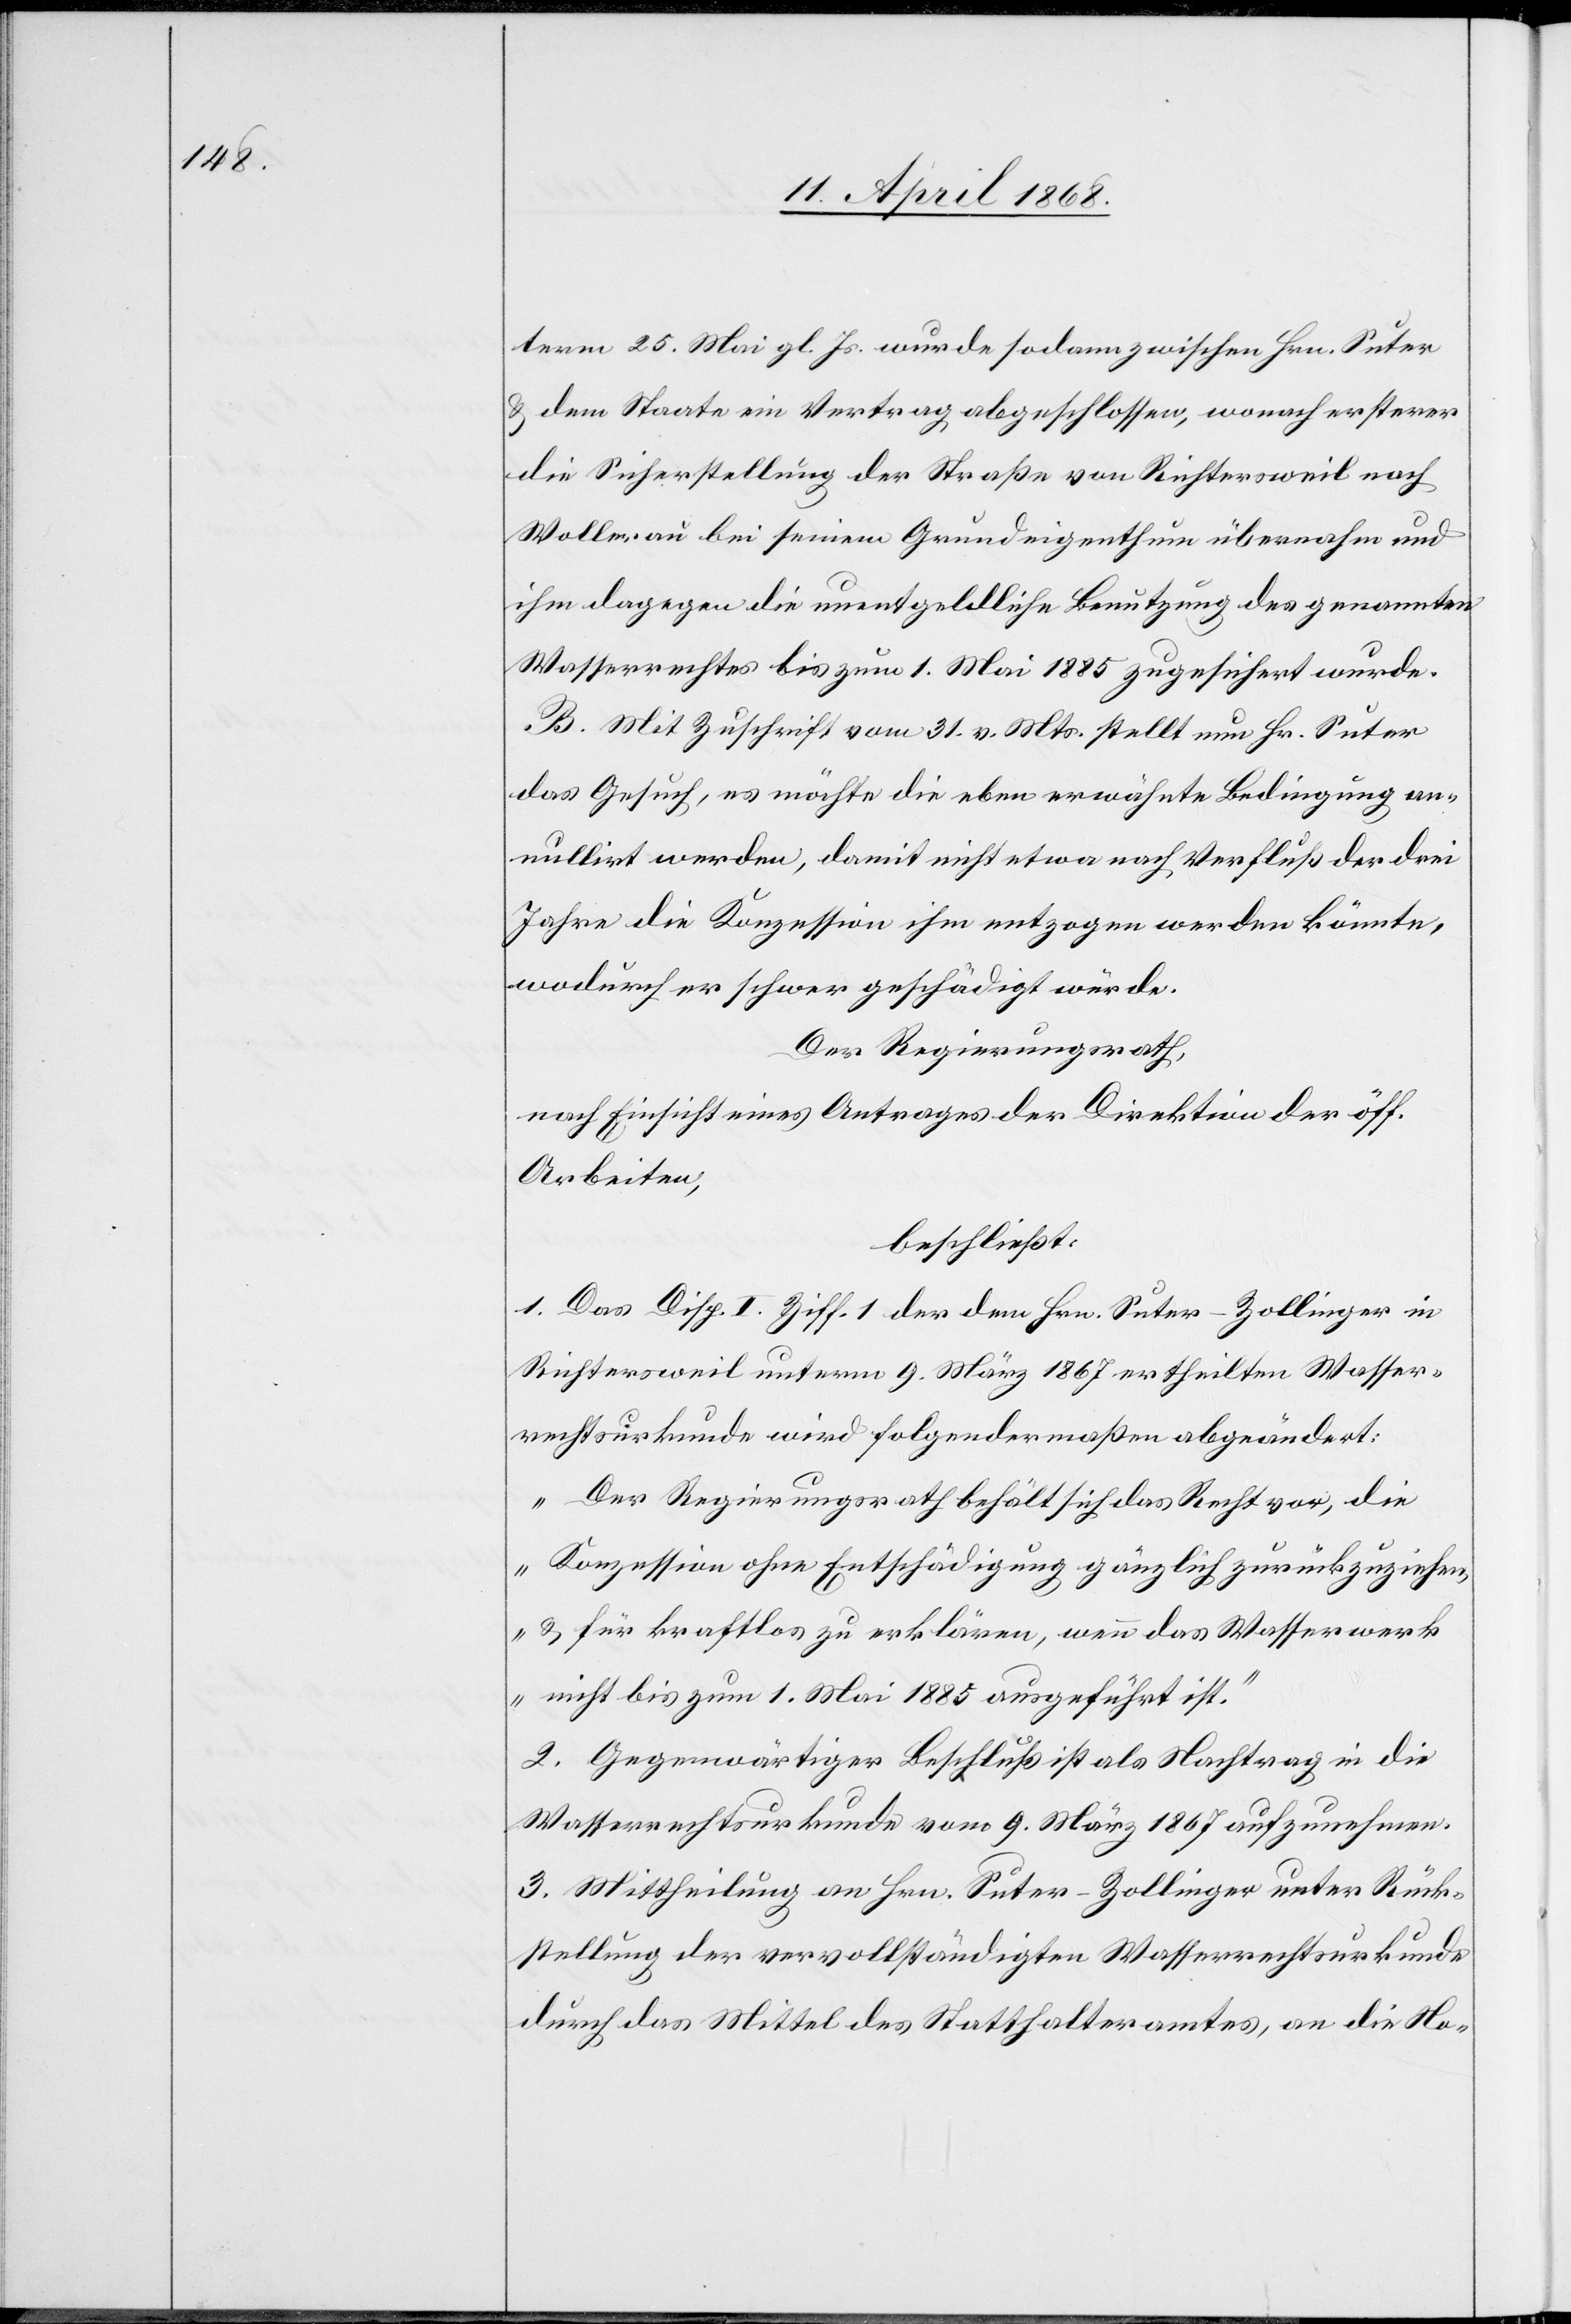
term 25. Mai gl. Js. wurde sodann zwischen Hrn. Suter
& dem Staate ein Vertrag abgeschlossen, wonach ersterer
die Sicherstellung der Straße von Richtersweil nach
Wollerau bei seinem Grundeigenthum übernahm und
ihm dagegen die unentgeldliche Benutzung des genannten
Wasserrechtes bis zum 1. Mai 1885 zugesichert wurde.
B. Mit Zuschrift vom 31. v. Mts. stellt nun Hr. Suter
das Gesuch, es möchte die eben erwähnte Bedingung an¬
nullirt werden, damit nicht etwa nach Verfluß der drei
Jahre die Konzession ihm entzogen werden könnte,
wodurch er schwer geschädigt würde.
Der Regierungsrath,
nach Einsicht eines Antrages der Direktion der öff.
Arbeiten,
beschließt:
1. Das Disp. I. Ziff. 1 [sic!] der dem Hrn. Suter-Zollinger in
Richtersweil unterm 9. März 1867 ertheilten Wasser¬
rechtsurkunde wird folgendermaßen abgeändert:
„Der Regierungsrath behält sich das Recht vor, die
Konzession ohne Entschädigung gänzlich zurückzuziehen,
& für kraftlos zu erklären, wenn das Wasserwerk
nicht bis zum 1. Mai 1885 ausgeführt ist.“
2. Gegenwärtiger Beschluß ist als Nachtrag in die
Wasserrechtsurkunde vom 9. März 1867 aufzunehmen.
3. Mittheilung an Hrn. Suter-Zollinger unter Rück¬
stellung der vervollständigten Wasserrechtsurkunde
durch das Mittel des Statthalteramtes, an die No-